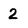
Character: 2